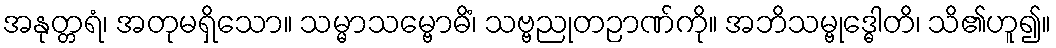
အနုတ္တရံ၊ အတုမရှိသော။ သမ္မာသမ္ဗောဓိံ၊ သဗ္ဗညုတဉာဏ်ကို။ အဘိသမ္ဗုဒ္ဓေါတိ၊ သိ၏ဟူ၍။